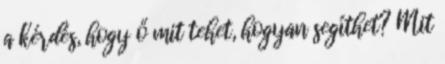
a kérdés, hogy ő mit tehet, hogyan segíthet? Mit